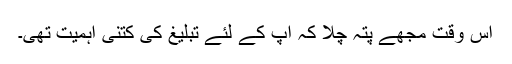
اُس وقت مجھے پتہ چلا کہ آپ کے لئے تبلیغ کی کتنی اہمیت تھی۔